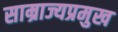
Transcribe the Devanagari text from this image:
साम्राज्यप्रमुख